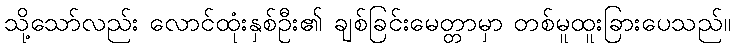
သို့သော်လည်း လောင်ထုံးနှစ်ဦး၏ ချစ်ခြင်းမေတ္တာမှာ တစ်မူထူးခြားပေသည်။